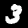
Digit: 3